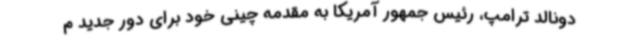
دونالد ترامپ، رئیس جمهور آمریکا به مقدمه چینی خود برای دور جدید م